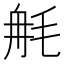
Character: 𣭣